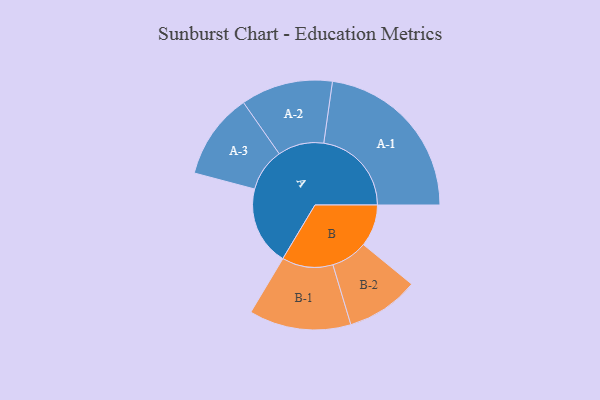
{"axis": {"x": "Segment", "y": "Value"}, "legend": ["", "A", "B"], "data": [{"x": "A", "y": 239, "type": ""}, {"x": "B", "y": 127, "type": ""}, {"x": "A-1", "y": 265, "type": "A"}, {"x": "A-2", "y": 139, "type": "A"}, {"x": "A-3", "y": 130, "type": "A"}, {"x": "B-1", "y": 154, "type": "B"}, {"x": "B-2", "y": 110, "type": "B"}]}